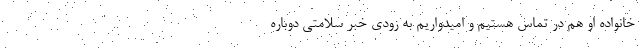
خانواده او هم در تماس هستیم و امیدواریم به زودی خبر سلامتی دوباره